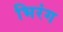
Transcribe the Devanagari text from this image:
भिरंग